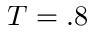
T = . 8